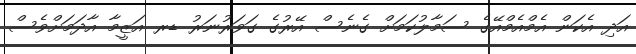
އަދި އެކަން އެމްއެމްއޭގެ ސަމާލުކަމަށް ގެނެސް އޭރުގެ ގަވަރުނަރު ޑރ އަޒީމާ އާދަމަށްވެސް